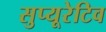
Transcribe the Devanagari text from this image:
सुप्यूरेटिव